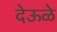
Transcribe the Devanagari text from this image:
देऊळे